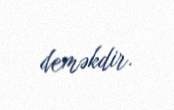
deməkdir.